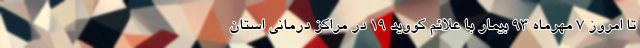
تا امروز ۷ مهرماه ۹۳ بیمار با علائم کووید ۱۹ در مراکز درمانی استان